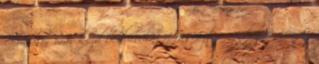
Amikor már kezd bedurvulni a fasiszta rendszere, jön az